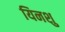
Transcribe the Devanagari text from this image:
यिनशु